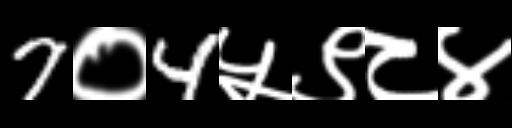
Text: 7०4५९८४